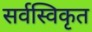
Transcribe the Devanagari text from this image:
सर्वस्विकृत